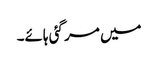
میں مر گئی ہائے۔